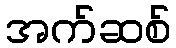
အက်ဆစ်